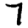
Digit: 7